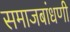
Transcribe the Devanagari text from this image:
समाजबांधणी